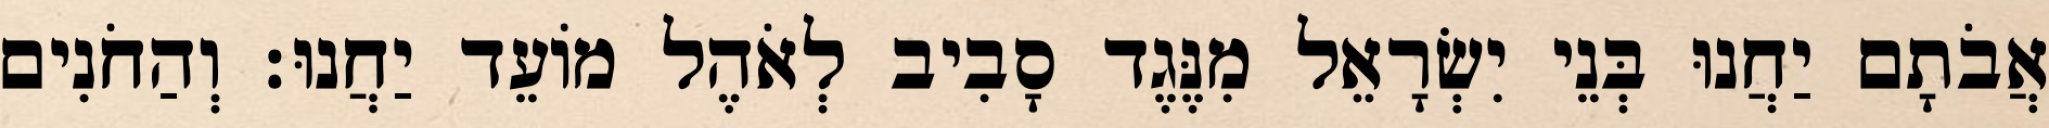
אֲבֹתָם יַחֲנוּ בְּנֵי יִשְׂרָאֵל מִנֶּגֶד סָבִיב לְאֹהֶל מוֹעֵד יַחֲנוּ׃ וְהַחֹנִים